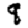
Digit: 8